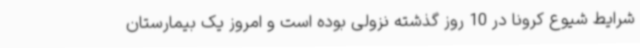
شرایط شیوع کرونا در 10 روز گذشته نزولی بوده است و امروز یک بیمارستان